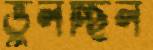
ভুলচ্ছিল